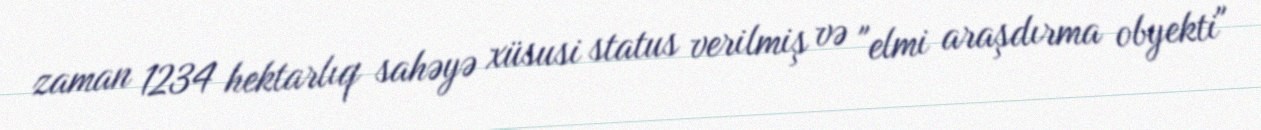
zaman 1234 hektarlıq sahəyə xüsusi status verilmiş və "elmi araşdırma obyekti"